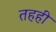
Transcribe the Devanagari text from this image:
तहही